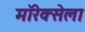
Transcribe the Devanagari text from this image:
मॉरेक्सेला